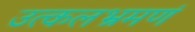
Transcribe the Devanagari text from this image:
उत्कलभ्रमणं